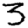
Digit: 3